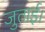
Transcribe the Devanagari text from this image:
जुताई।